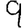
Digit: 9